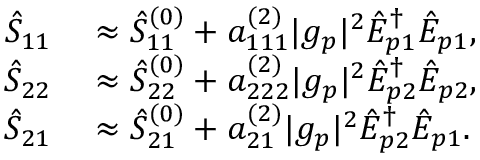
\begin{array} { r l } { \hat { S } _ { 1 1 } } & { { } \approx \hat { S } _ { 1 1 } ^ { ( 0 ) } + a _ { 1 1 1 } ^ { ( 2 ) } | g _ { p } | ^ { 2 } \hat { E } _ { p 1 } ^ { \dagger } \hat { E } _ { p 1 } , } \\ { \hat { S } _ { 2 2 } } & { { } \approx \hat { S } _ { 2 2 } ^ { ( 0 ) } + a _ { 2 2 2 } ^ { ( 2 ) } | g _ { p } | ^ { 2 } \hat { E } _ { p 2 } ^ { \dagger } \hat { E } _ { p 2 } , } \\ { \hat { S } _ { 2 1 } } & { { } \approx \hat { S } _ { 2 1 } ^ { ( 0 ) } + a _ { 2 1 } ^ { ( 2 ) } | g _ { p } | ^ { 2 } \hat { E } _ { p 2 } ^ { \dagger } \hat { E } _ { p 1 } . } \end{array}